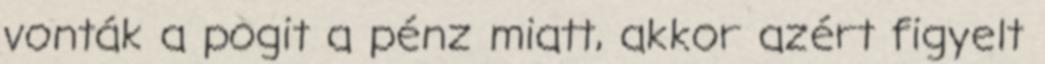
vonták a pogit a pénz miatt, akkor azért figyelt